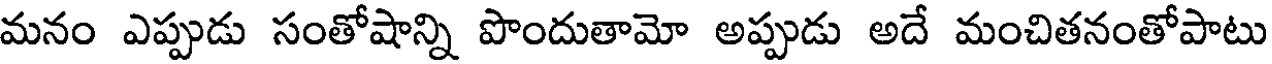
మనం ఎప్పుడు సంతోషాన్ని పొందుతామో అప్పుడు అదే మంచితనంతోపాటు